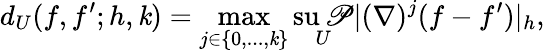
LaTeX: d_{U}(f,f^{\prime};h,\mathit{k})=\operatorname*{max}_{j\in\{ 0,...,\mathit{k}\} }\operatorname*{su\mathscr{P}}_{U}|(\nabla)^{j}(f-f^{\prime})|_{h},